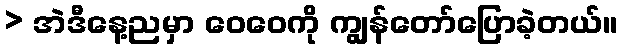
> အဲဒီနေ့ညမှာ ဝေဝေကို ကျွန်တော်ပြောခဲ့တယ်။